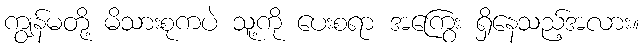
ကျွန်မတို့ မိသားစုကပဲ သူ့ကို ပေးစရာ အကြွေး ရှိနေသည့်အလား။